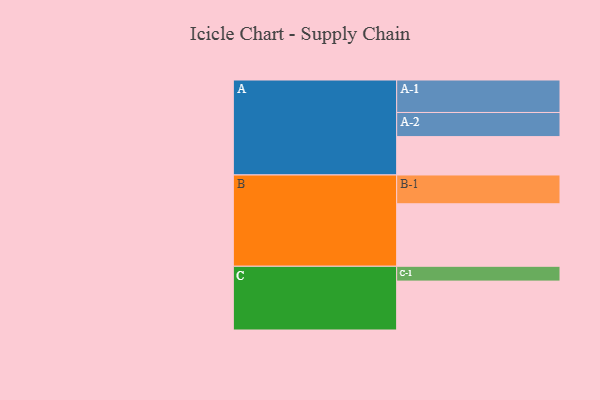
{"axis": {"x": "Segment", "y": "Value"}, "legend": ["", "A", "B", "C"], "data": [{"x": "A", "y": 313, "type": ""}, {"x": "B", "y": 510, "type": ""}, {"x": "C", "y": 399, "type": ""}, {"x": "A-1", "y": 265, "type": "A"}, {"x": "A-2", "y": 197, "type": "A"}, {"x": "B-1", "y": 235, "type": "B"}, {"x": "C-1", "y": 121, "type": "C"}]}